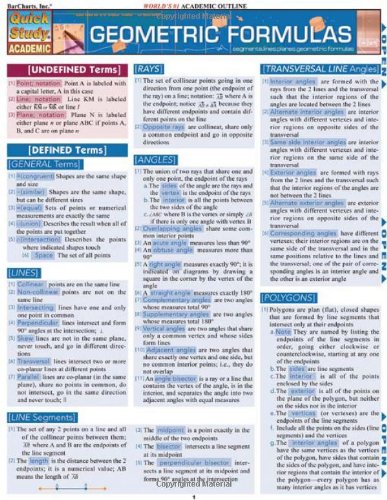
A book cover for Geometric Formulas (Quickstudy: Academic); Inc. BarCharts; Science & Math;